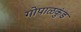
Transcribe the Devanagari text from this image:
गोपाळकुंड